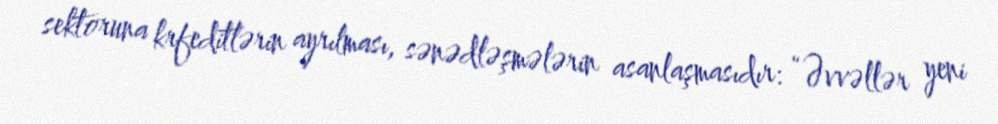
sektoruna krfeditlərin ayrılması, sənədləşmələrin asanlaşmasıdır: “Əvvəllər yeni